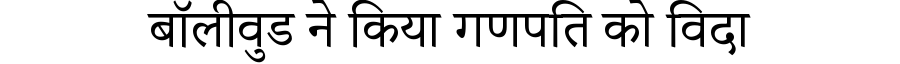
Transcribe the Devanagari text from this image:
बॉलीवुड ने किया गणपति को विदा